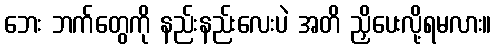
ဘေး ဘက်တွေကို နည်းနည်းလေးပဲ အတိ ညှိပေးလို့ရမလား။